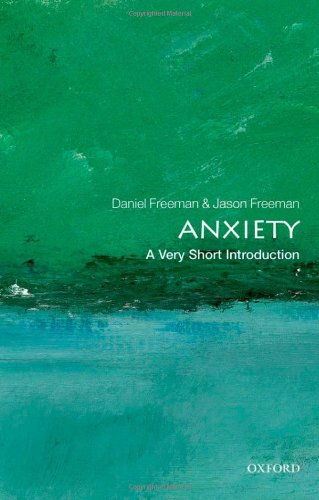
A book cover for Anxiety: A Very Short Introduction; Daniel Freeman; Medical Books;